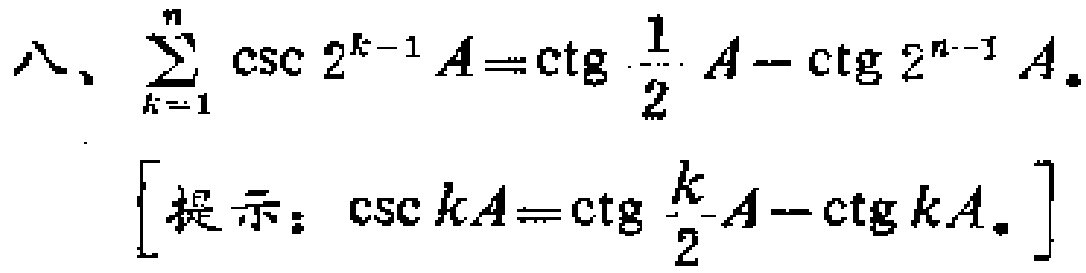
八、$\sum_{k = 1}^{n} \csc 2^{k - 1}A=\ctg \frac{1}{2}A-\ctg 2^{n - 1}A.$
[提示：$\csc kA=\ctg \frac{k}{2}A-\ctg kA.$]